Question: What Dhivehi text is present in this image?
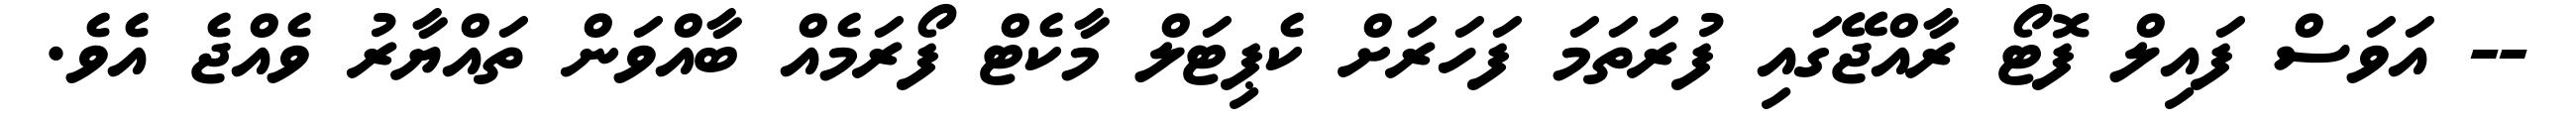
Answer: -- އަވަސް ފައިލް ފޮޓޯ ރާއްޖޭގައި ފުރަތަމަ ފަހަރަށް ކެޕިޓަލް މާކެޓް ފޯރަމެއް ބާއްވަން ތައްޔާރު ވެއްޖެ އެވެ.